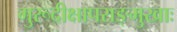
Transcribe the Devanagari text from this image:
गुरूदीक्षापराङ्मुखाः